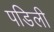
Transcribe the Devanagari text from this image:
पडिली